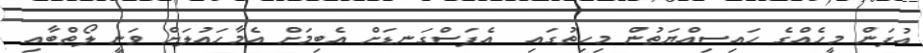
އުފަން މީހެއްގެ ހައިސިއްޔަތުން މިހިތުގައި  އެފަސްގަނޑަށް އެބިމަށް އެމާހައުލަށް ވަނީ ލޯތްބާއި